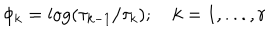
LaTeX: \phi _ { k } = \log ( \tau _ { k - 1 } / \tau _ { k } ) ; \quad k = 1 , . . . , r